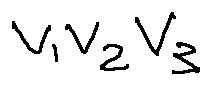
v _ { 1 } v _ { 2 } v _ { 3 }